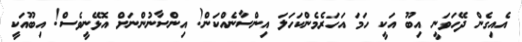
އެއިގެން ދޭހަވަނީ އިބޫ އަކީ ހަމަ އަހަރެމެންކަހަލަ އިންސާނެއްކަން! އިންސާނުންނަށް އޮޅޭނީވެސް! އިބޫއަކީ